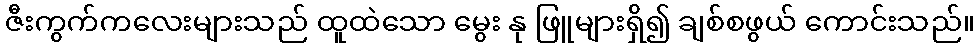
ဇီးကွက်ကလေးများသည် ထူထဲသော မွေး နု ဖြူများရှိ၍ ချစ်စဖွယ် ကောင်းသည်။